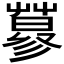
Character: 𱾕